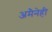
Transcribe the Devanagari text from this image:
अमैनेही